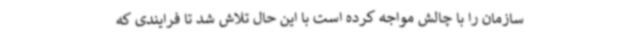
سازمان را با چالش مواجه کرده است با این حال تلاش شد تا فرایندی که